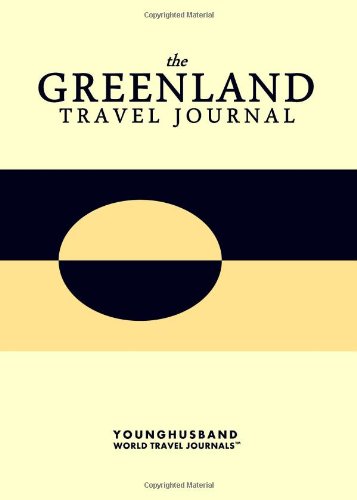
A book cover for The Greenland Travel Journal; Younghusband World Travel Journals; Travel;